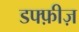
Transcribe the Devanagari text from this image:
डफ्फ़ीज़